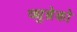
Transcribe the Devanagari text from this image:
क्युब्रेको